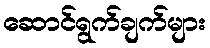
ဆောင်ရွက်ချက်များ